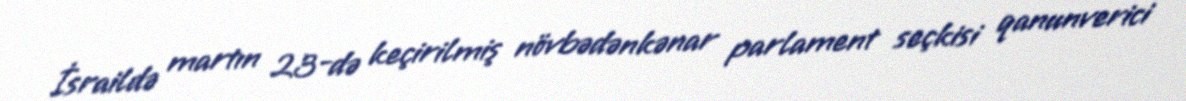
İsraildə martın 23-də keçirilmiş növbədənkənar parlament seçkisi qanunverici